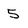
Character: 5